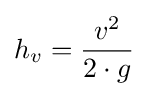
h_{v}={\frac {v^{2}}{2\cdot g}}